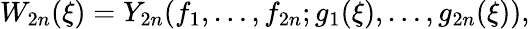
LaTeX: W_{2n}(\xi)=Y_{2n}(f_{1},\ldots,f_{2n};g_{1}(\xi),\ldots,g_{2n}(\xi)),